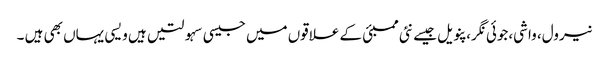
نیرول، واشی،جوئی نگر، پنویل جیسے نئی ممبئی کے علاقوں میں جیسی سہولتیں ہیں ویسی یہاں بھی ہیں ۔